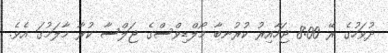
ދުވަހުގެ ރޭ 8:00 ޖަހާއިރު ކުރުނބާ މޯލްޑިވްސްގެ ޖަލްސާ ކުރާ މާލަމުގަ އެވެެ.